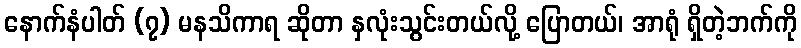
နောက်နံပါတ် (၇) မနသိကာရ ဆိုတာ နှလုံးသွင်းတယ်လို့ ပြောတယ်၊ အာရုံ ရှိတဲ့ဘက်ကို